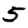
Digit: 5